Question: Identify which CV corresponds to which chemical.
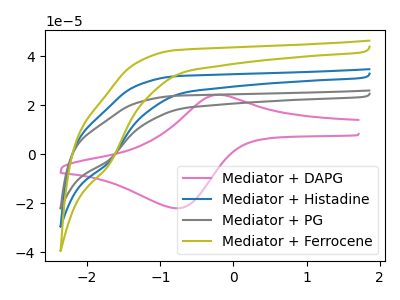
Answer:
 <answer>The pink curve is labeled "Mediator + DAPG". The blue curve is labeled "Mediator + Histadine". The gray curve is labeled "Mediator + PG". The olive curve is labeled "Mediator + Ferrocene".</answer>
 <eval></eval>